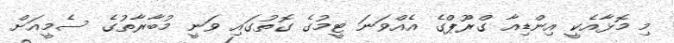
މި މޮޅާއެކީ އިންޑިއާ ގްރޫޕްގެ އެއްވަނަ ޓީމުގެ ގޮތުގައި ވަނީ މުބާރާތުގެ ސެމީއަށް